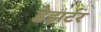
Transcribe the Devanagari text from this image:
डेझर्टर